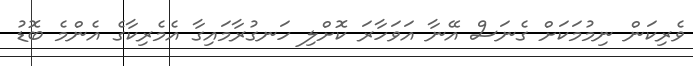
ވެރިކަން ނިމުމަކަށް ގެނަސް އޭނާ އަވަހާރަ ކޮށްލި ހަނގުރާމައިގާ އެމެރިކާގެ އެންމެ ބޮޑު